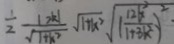
\frac { 1 } { 2 } \frac { \vert 2 k \vert } { \sqrt { 1 + k ^ { 2 } } } \sqrt { 1 + k ^ { 2 } } \sqrt { ( \frac { 1 2 k ^ { 2 } } { 1 + 3 k ^ { 2 } } ) }